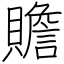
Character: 贍